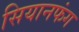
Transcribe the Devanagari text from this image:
सियानफंग